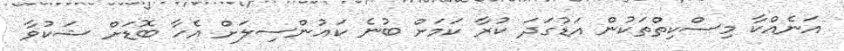
އަނެއްކާ މިސްކިތްތަކުން އަޑުގަދަ ކުރާ ކަމަށް ބުނެ ކައުންސިލަށް އެހާ ބޮޑަށް ޝަކުވާ